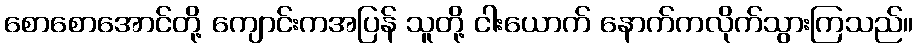
စောစောအောင်တို့ ကျောင်းကအပြန် သူတို့ ငါးယောက် နောက်ကလိုက်သွားကြသည်။